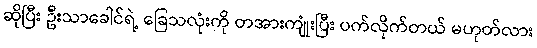
ဆိုပြီး ဦးသာခေါင်ရဲ့ ခြေသလုံးကို တအားကျုံးပြီး ပက်လိုက်တယ် မဟုတ်လား